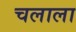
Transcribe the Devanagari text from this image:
चलाला